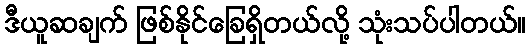
ဒီယူဆချက် ဖြစ်နိုင်ခြေရှိတယ်လို့ သုံးသပ်ပါတယ်။